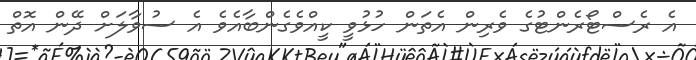
އެ ރެސްޓޯރެންޓުގެ ވެރިން އެތަން ހުޅުވީ ކީއްވެގެންބާއެވެ އެ ސުވާލަށް ދޭން އޮތް